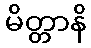
မိတ္တာနိ